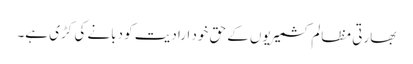
بھارتی مظالم کشمیریوں کے حق خود ارادیت کو دبانے کی کڑی ہے۔